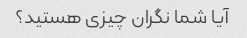
آیا شما نگران چیزی هستید؟